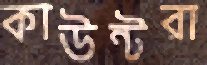
কাউন্টরা